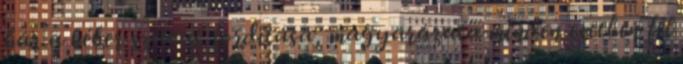
bár a héber szavak fordítása, magyarázata minden esetben fel